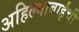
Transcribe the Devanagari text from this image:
अहिल्याबाईंची